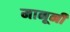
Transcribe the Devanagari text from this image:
मानूनी